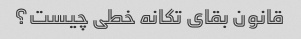
قانون بقای تکانه خطی چیست؟